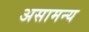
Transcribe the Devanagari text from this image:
असामन्य